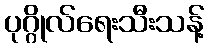
ပုဂ္ဂိုလ်ရေးသီးသန့်